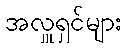
အလှူရှင်များ